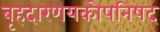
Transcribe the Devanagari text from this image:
बृहदारणयकोपनिषद